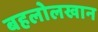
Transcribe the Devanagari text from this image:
बहलोलखान